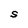
Character: S